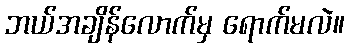
ဘယ်အချိန်လောက်မှ ရောက်မလဲ။